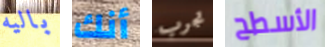
باليه أنك تجرب الأسطح